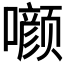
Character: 𰉁